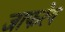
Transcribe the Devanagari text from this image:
जाफरेय